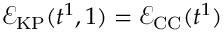
\mathcal { E } _ { \mathrm { K P } } ( t ^ { 1 } , 1 ) = \mathcal { E } _ { \mathrm { C C } } ( t ^ { 1 } )